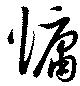
慵